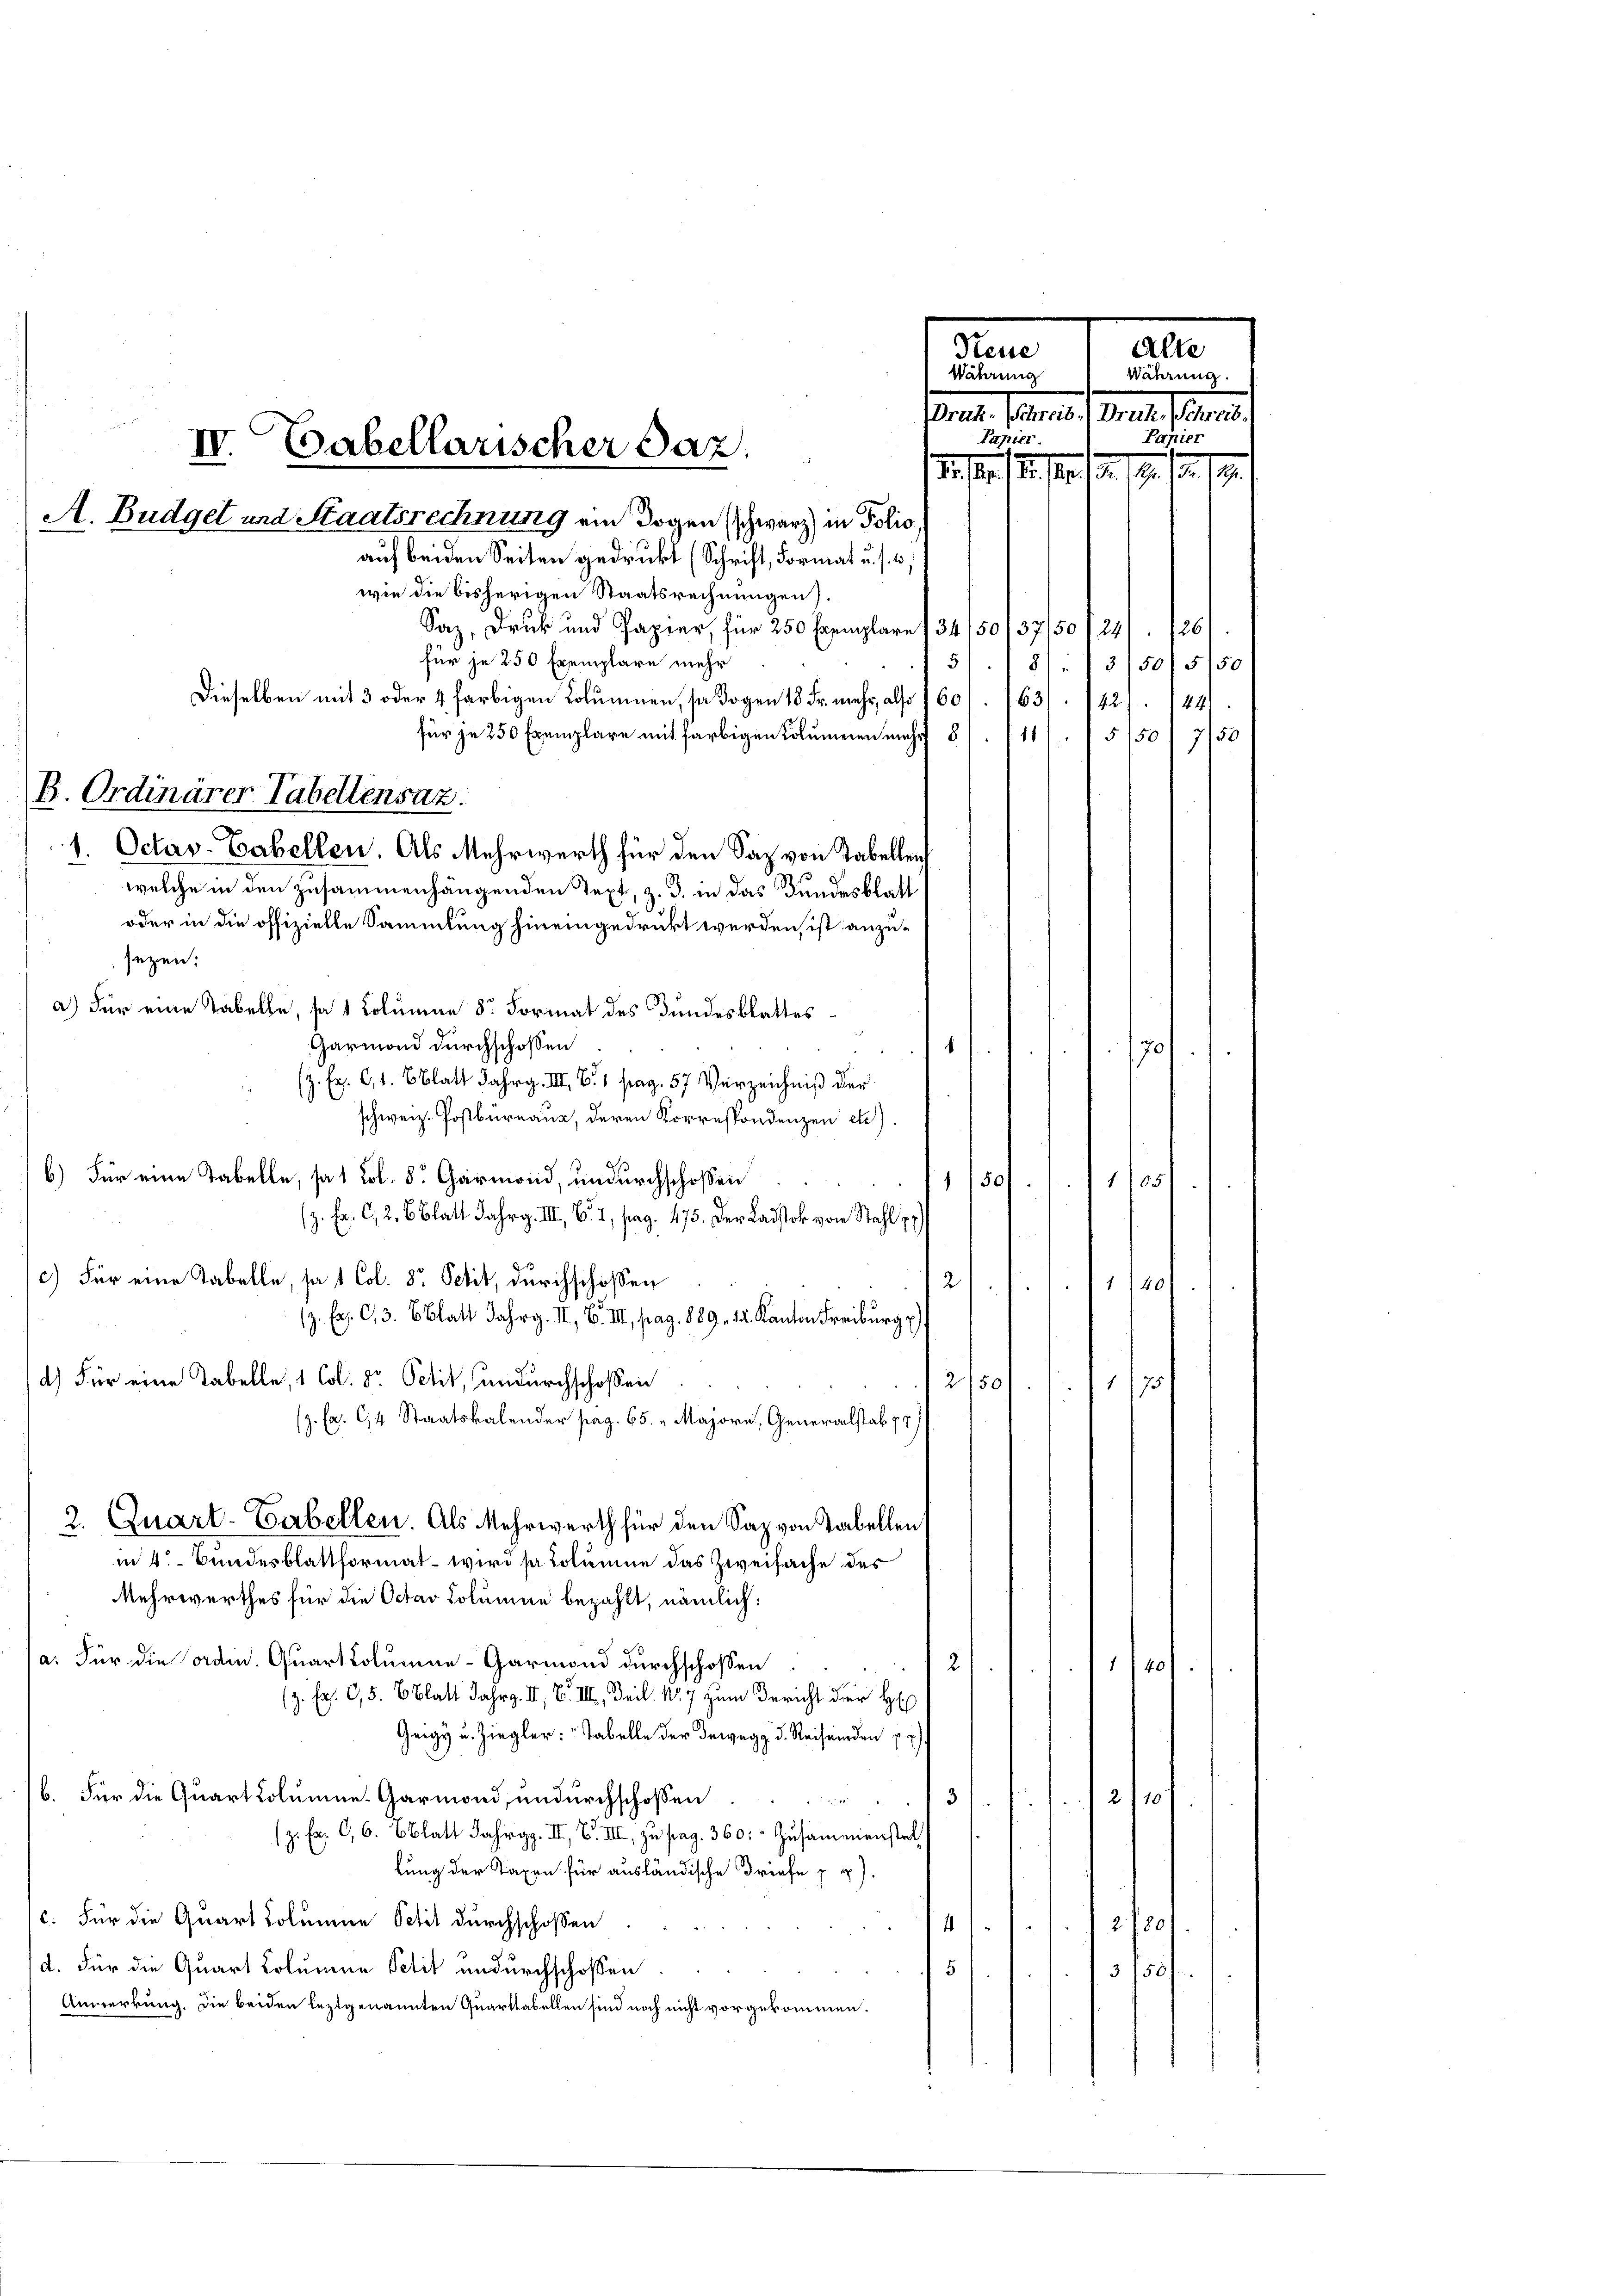
auf beiden Seiten gedrukt (Schrift, Format u. s. w.
wie die bisherigen Staatsrechnungen).
Saz, Druk und Papier, für 250 Exemplare 134 /50/37/50/24
für je 250 Exemplare mehr
Dieselben mit 3 oder 4 farbigen Kolumnen, so sogen 18 Fr. mehr, also 760/. /63/. 1427. 144)
für je 250 Exemplare mit farbigen Kolumeren mehr 8/11/ 5150. 750
1. Octav-Tabellen. Als Mehrwerth für den Saz von Tabelleich
welche in den zusammenhängenden Tepf, z. B. in das Bundesblatt
oder in die offizielle Sammlung hineingedruckt werden, ist anzusezen:
a) Für eine Tabelle, so 1 Columine 8. Format des Bundesblattes
Garmond durchschossen
f
s
z. Fr. 61. Statt Jahrg. III S. 1 pag. 57 Verzeichniß der
schweiz. Postbüreaus, deren Korrespondenzen etc).
b.) Für eine Tabelle, so 1 Lol. 8 Garmond, undurchschoßen
50)
1/05
)
(z. Er. C, 2. 6 Blatt Jahrg. III, S. I, pag. 475. Der Ladstok vom Stahl pr
c) Für eine Tabelle, so 1 Col. 8. Petit, durchschoßen
2
1/40/
z. E. C,3. Blatt Jahrg. II, B. III, pag. 889. 12. Kanton Freiburg p
d) Für eine Tabelle, 1 Col. Dr. Petit, undurchschossen
2/50
1/75:
z. Fr. 614 Staatskalender pag. 65. Majorn, Generalstab pr
2. Quart. Gabellen. Als Mehrwerth für den Saz von Tabellen,
in 4. Bundesblattformat – wird satolinie das Zweifache des
Mehrwerthes für die Octav Lolumen bezahlt, nämlich:
a: Für die ordin. Quart Kolumne-Garmond durchschossen
2)
1/40
z. E. C, 5. Blatt Jahrg. II, S. III, Teil. No 7 zum Bericht der He
Geige u. Ziegler: „Tabelle der Bewegg d. Reisenden p. 2
b. Für die Quart kolumine Garmond, undurchschossen
3
2/11
g
e
z. C, 6. Blatt Jahrg. II, S. III, zu pag. 360. Zusammenenstel
lung der Taxen für ausländische Briefe zu.
c. Für die Quart Johanne Schil durchschoßen
2
2/30
4
d. Für die Quart Lotunina Petit undurchschaffen.
5
3150f
Anmerkung, die beiden leztgenannten Quarttabellen sind noch nicht vorgekommen.

B. Ordinärer Tabellensaz

IV. Tabellarischer Paz.
A. Budget und Staatsrechnung ein sogen schwarz in Polic

Reue
Vährung

Meile der
Mal. Stamme
Papier.
d. S. 12. 19. 139. 19. 10. 19.
126
5). 181. / 3/5015750

Papier